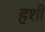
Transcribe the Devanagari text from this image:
हशी